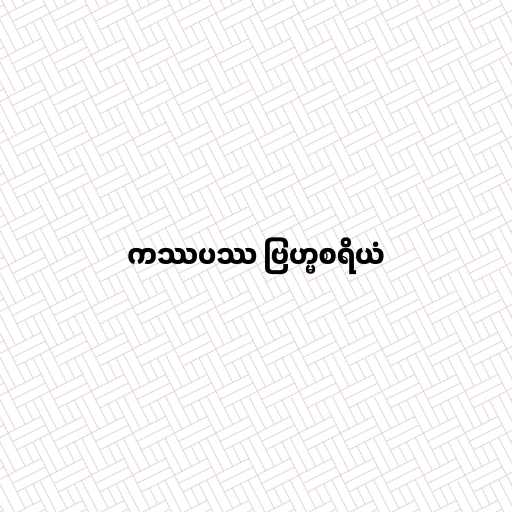
ကဿပဿ ဗြဟ္မစရိယံ